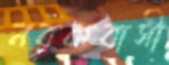
নরকবাসী